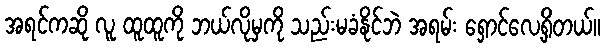
အရင်ကဆို လူ ထူထူကို ဘယ်လိုမှကို သည်းမခံနိုင်ဘဲ အရမ်း ရှောင်လေ့ရှိတယ်။